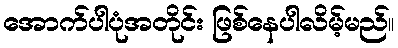
အောက်ပါပုံအတိုင်း ဖြစ်နေပါလိမ့်မည်။